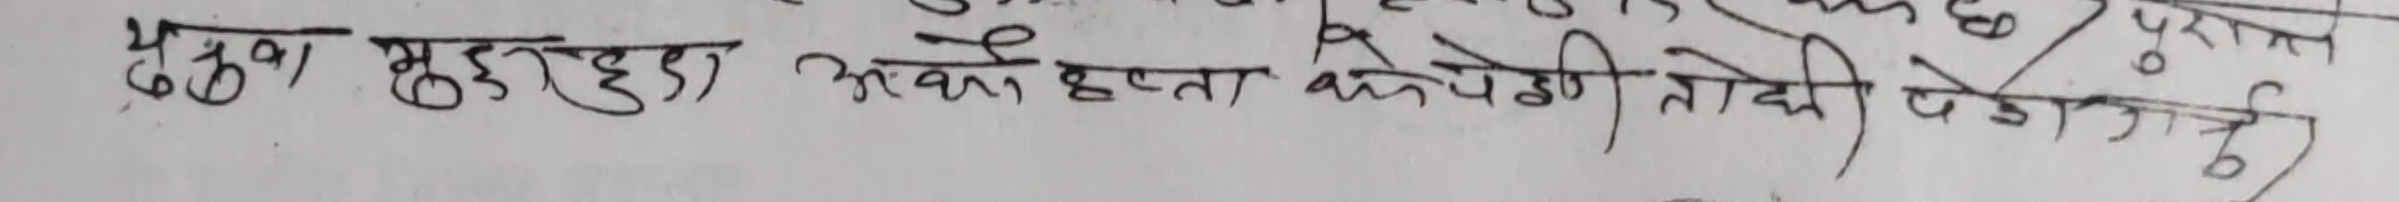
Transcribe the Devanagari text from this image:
ठुवा मुटुडा अथवा दृष्टा कोपेको ताकेको चोरेको )